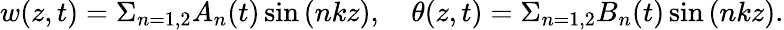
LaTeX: w(z,t)=\Sigma_{n=1,2}A_{n}(t)\sin{(nkz)},\quad\theta(z,t)=\Sigma_{n=1,2}B_{n}(t)\sin{(nkz)}.